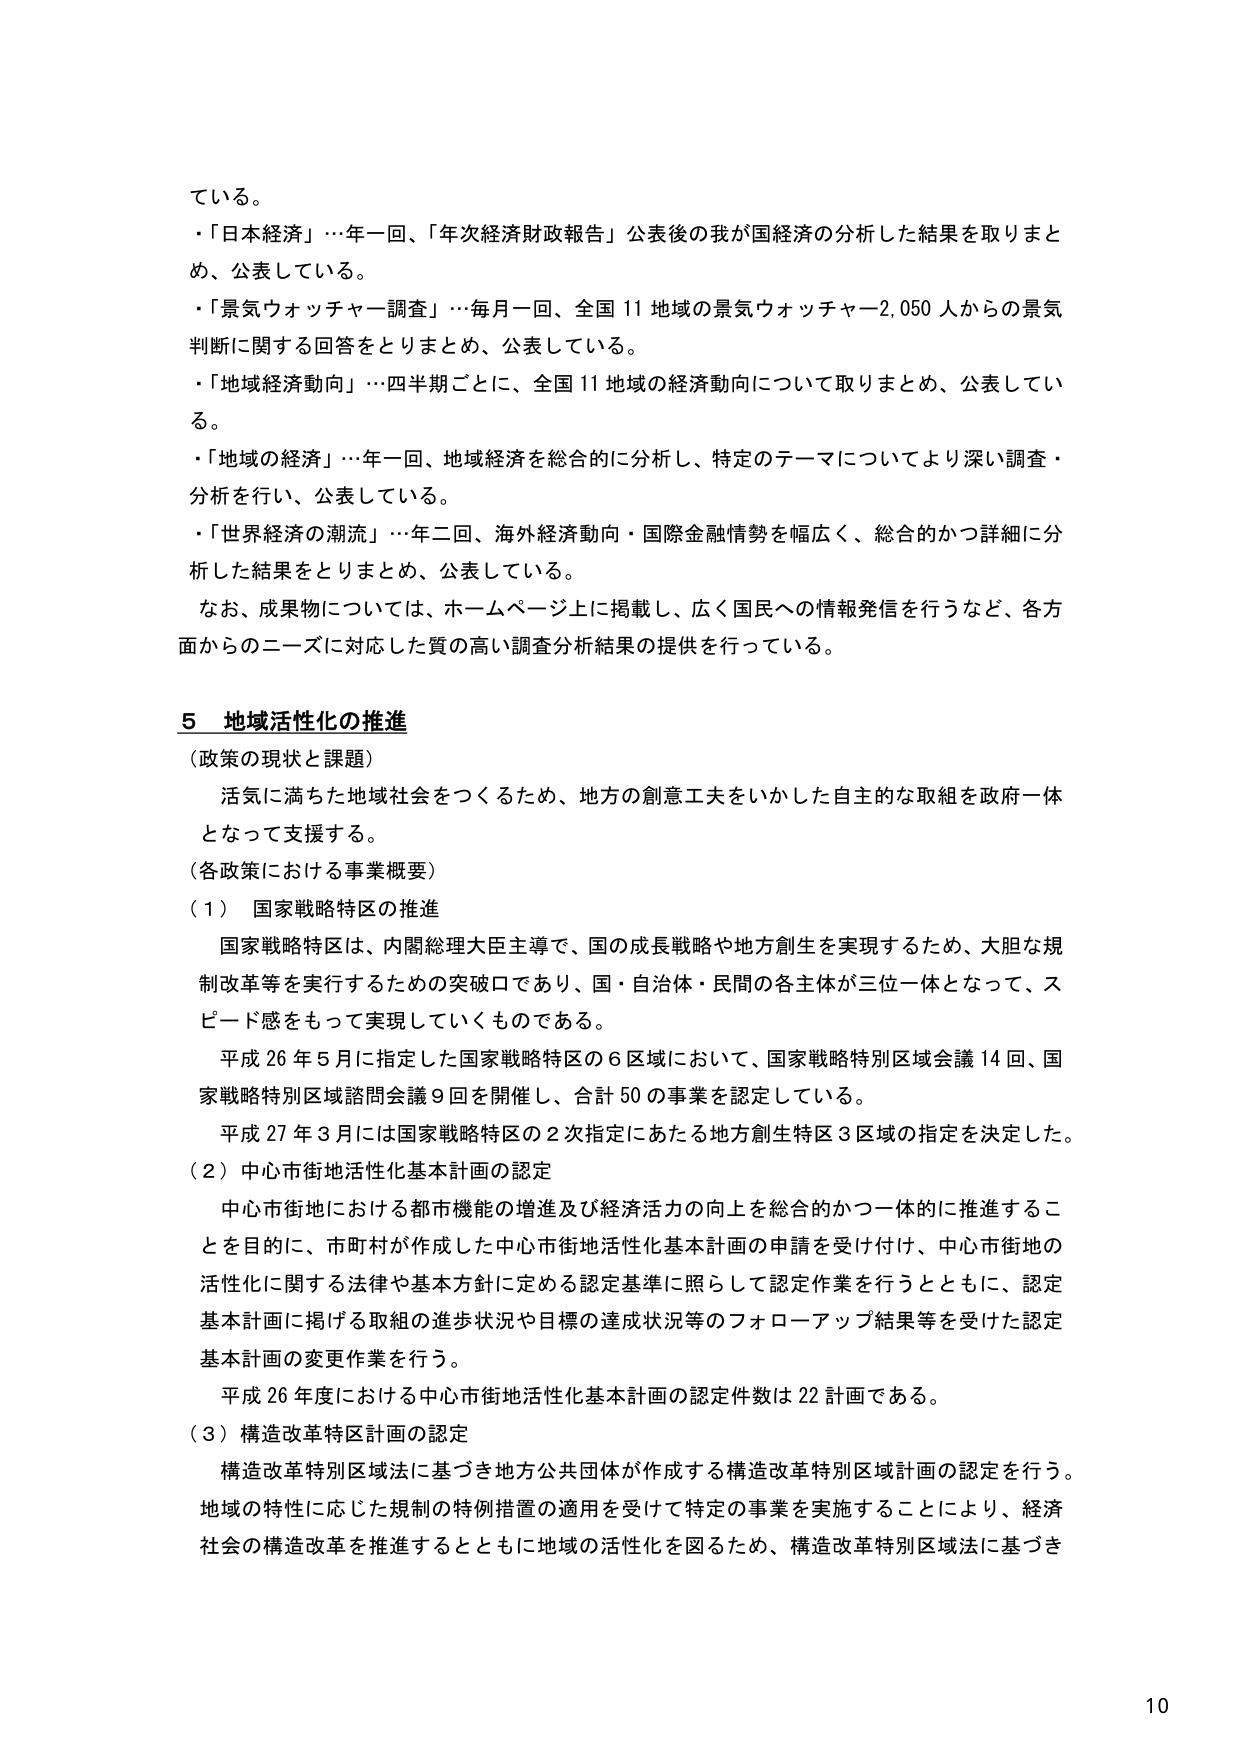
ている。
・「日本経済」…年一回、「年次経済財政報告」公表後の我が国経済の分析した結果を取りまとめ、公表している。
・「景気ウォッチャー調査」…毎月一回、全国11地域の景気ウォッチャー2,050人からの景気判断に関する回答をとりまとめ、公表している。
・「地域経済動向」…四半期ごとに、全国11地域の経済動向について取りまとめ、公表している。
・「地域の経済」…年一回、地域経済を総合的に分析し、特定のテーマについてより深い調査・分析を行い、公表している。
・「世界経済の潮流」…年二回、海外経済動向・国際金融情勢を幅広く、総合的かつ詳細に分析した結果をとりまとめ、公表している。
なお、成果物については、ホームページ上に掲載し、広く国民への情報発信を行うなど、各方面からのニーズに対応した質の高い調査分析結果の提供を行っている。

5 地域活性化の推進
（政策の現状と課題）
活気に満ちた地域社会をつくるため、地方の創意工夫をいかした自主的な取組を政府一体となって支援する。
（各政策における事業概要）
（1）国家戦略特区の推進
国家戦略特区は、内閣総理大臣主導で、国の成長戦略や地方創生を実現するため、大胆な規制改革等を実行するための突破口であり、国・自治体・民間の各主体が三位一体となって、スピード感をもって実現していくものである。
平成26年5月に指定した国家戦略特区の6区域において、国家戦略特別区域会議14回、国家戦略特別区域諮問会議9回を開催し、合計50の事業を認定している。
平成27年3月には国家戦略特区の2次指定にあたる地方創生特区3区域の指定を決定した。
（2）中心市街地活性化基本計画の認定
中心市街地における都市機能の増進及び経済活力の向上を総合的かつ一体的に推進することを目的に、市町村が作成した中心市街地活性化基本計画の申請を受け付け、中心市街地の活性化に関する法律や基本方針に定める認定基準に照らして認定作業を行うとともに、認定基本計画に掲げる取組の進歩状況や目標の達成状況等のフォローアップ結果等を受けた認定基本計画の変更作業を行う。
平成26年度における中心市街地活性化基本計画の認定件数は22計画である。
（3）構造改革特区計画の認定
構造改革特別区域法に基づき地方公共団体が作成する構造改革特別区域計画の認定を行う。地域の特性に応じた規制の特例措置の適用を受けて特定の事業を実施することにより、経済社会の構造改革を推進するとともに地域の活性化を図るため、構造改革特別区域法に基づき

10